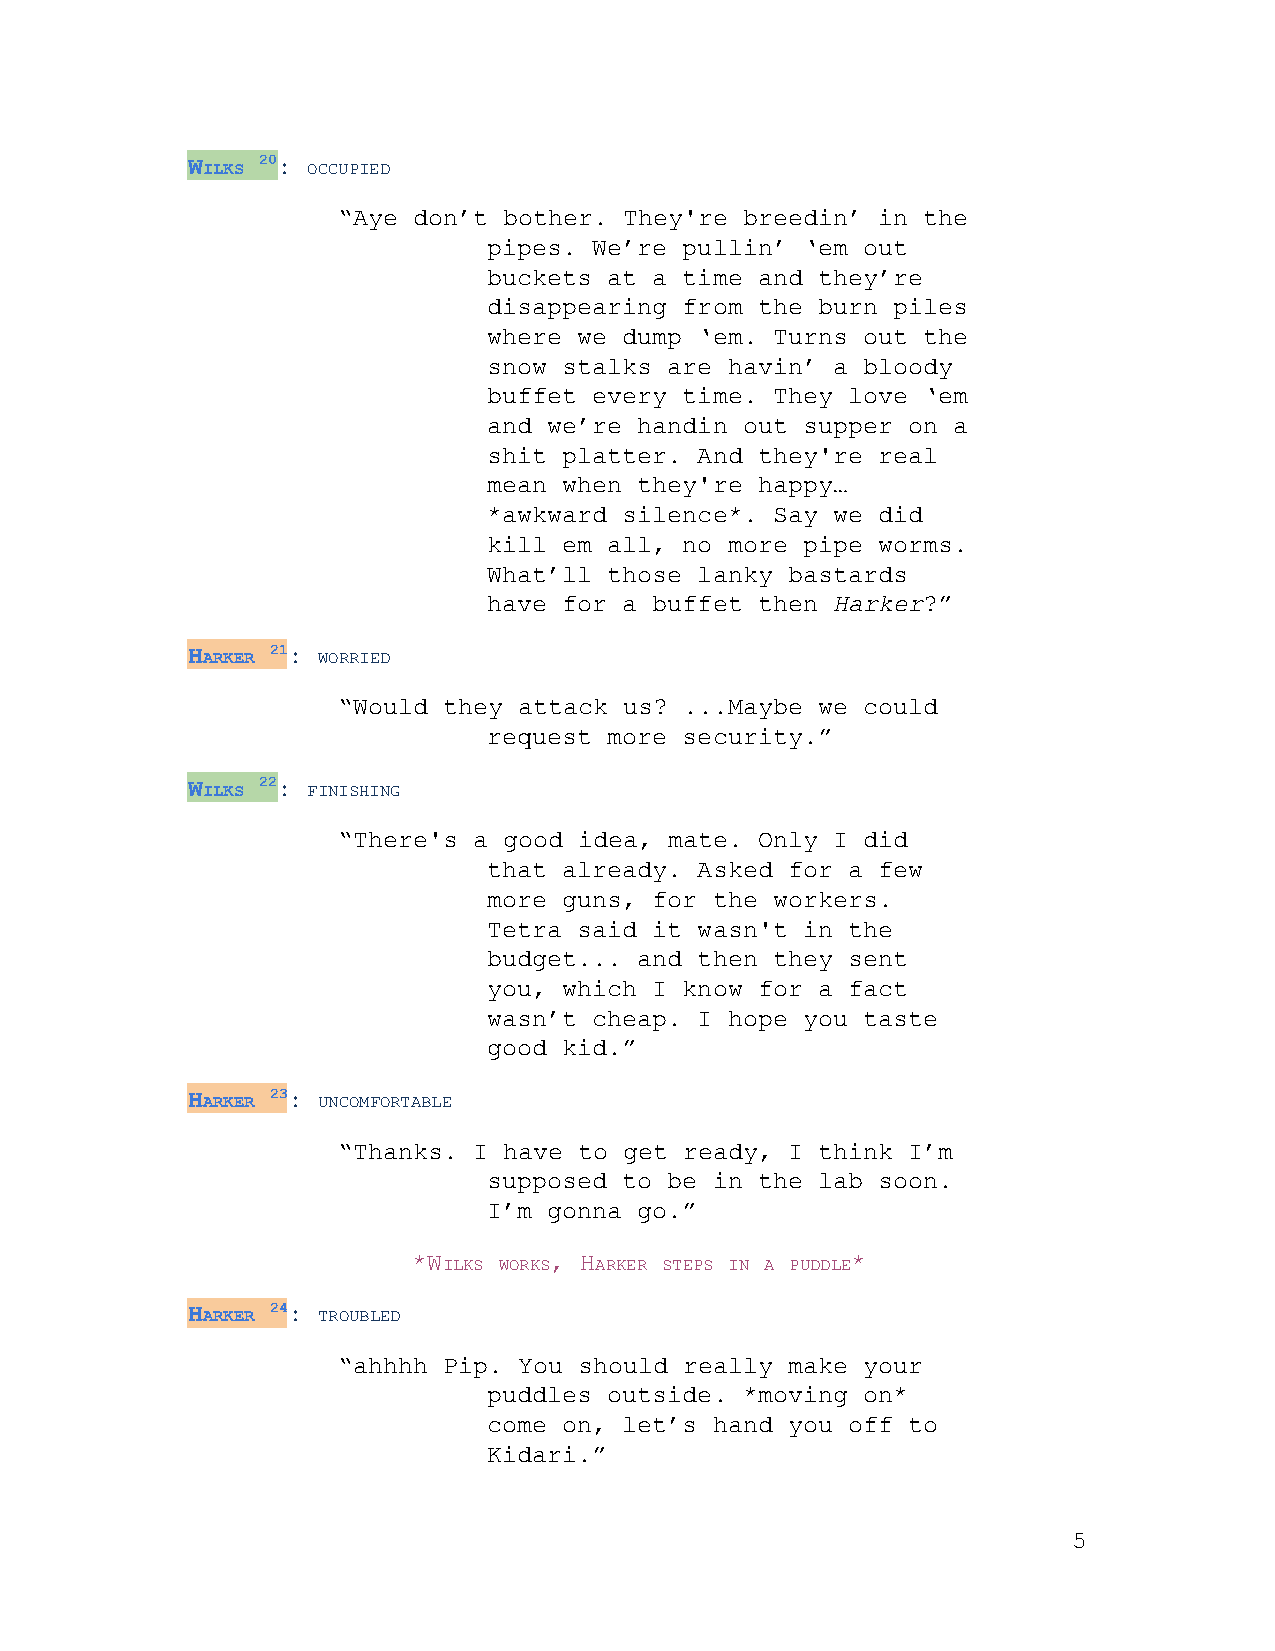
WILKS 20 ​: OCCUPIED
 ​  ​ ​ ​
 “Aye don’t bother. They're breedin’ in the
 pipes. We’re pullin’ ‘em out
 buckets at a time and they’re
 disappearing from the burn piles
 where we dump ‘em. Turns out the
 snow stalks are havin’ a bloody
 buffet every time. They love ‘em
 and we’re handin out supper on a
 shit platter. And they're real
 mean when they're happy…
 *awkward silence*. Say we did
 kill em all, no more pipe worms.
 What’ll those lanky bastards
 have for a buffet then Harker?”
 ​     ​
 HARKER 21 ​: WORRIED
 ​   ​ ​ ​
 “Would they attack us? ...Maybe we could
 request more security.”
 WILKS 22 ​: FINISHING
 ​  ​ ​ ​
 “There's a good idea, mate. Only I did
 that already. Asked for a few
 more guns, for the workers.
 Tetra said it wasn't in the
 budget... and then they sent
 you, which I know for a fact
 wasn’t cheap. I hope you taste
 good kid.”
 HARKER 23 ​: UNCOMFORTABLE
 ​   ​ ​ ​
 “Thanks. I have to get ready, I think I’m
 supposed to be in the lab soon.
 I’m gonna go.”
 *WILKS WORKS, HARKER STEPS IN A PUDDLE*
 ​  ​ ​ ​  ​   ​ ​ ​ ​ ​ ​ ​ ​ ​
 HARKER 24 ​: TROUBLED
 ​   ​ ​ ​
 “ahhhh Pip. You should really make your
 puddles outside. *moving on*
 come on, let’s hand you off to
 Kidari.”
 5